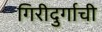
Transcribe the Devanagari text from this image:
गिरीदुर्गाची